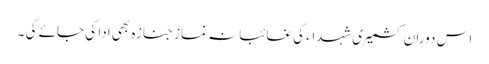
اس دوران کشمیری شہداء کی غائبانہ نماز جنازہ بھی ادا کی جائے گی ۔